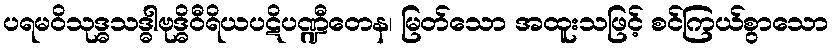
ပရမဝိသုဒ္ဓသဒ္ဓါဗုဒ္ဓိဝီရိယပဋိပဏ္ဍီတေန၊ မြတ်သော အထူးသဖြင့် စင်ကြယ်စွာသော